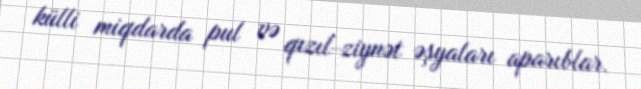
külli miqdarda pul və qızıl-ziynət əşyaları aparıblar.